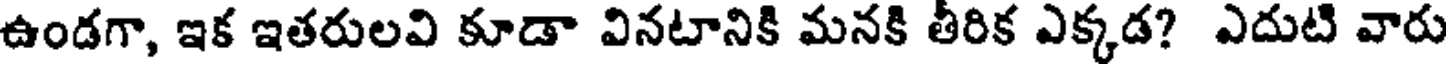
ఉండగా, ఇక ఇతరులవి కూడా వినటానికి మనకి తీరిక ఎక్కడ? ఎదుటి వారు